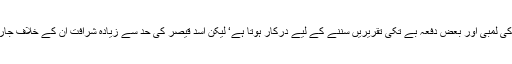
اگرچہ ان کے اندر وہ صبر ہے جو اپوزیشن کی لمبی اور بعض دفعہ بے تکی تقریریں سننے کے لیے درکار ہوتا ہے‘ لیکن اسد قیصر کی حد سے زیادہ شرافت ان کے خلاف جارہی ہے‘ کیونکہ ان کو کوئی سنجیدہ نہیں لیتا۔